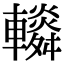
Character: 𨏏